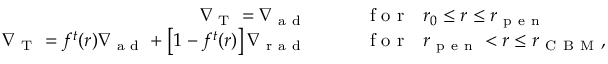
\begin{array} { r l } { \nabla _ { \mathrm { ~ T ~ } } = \nabla _ { \mathrm { ~ a ~ d ~ } } \qquad } & { { } \mathrm { ~ f ~ o ~ r ~ } \ \ r _ { 0 } \leq r \leq r _ { \mathrm { ~ p ~ e ~ n ~ } } } \\ { \nabla _ { \mathrm { ~ T ~ } } = f ^ { t } ( r ) \nabla _ { \mathrm { ~ a ~ d ~ } } + \left[ 1 - f ^ { t } ( r ) \right] \nabla _ { \mathrm { ~ r ~ a ~ d ~ } } \qquad } & { { } \mathrm { ~ f ~ o ~ r ~ } \ \ r _ { \mathrm { ~ p ~ e ~ n ~ } } < r \leq r _ { \mathrm { ~ C ~ B ~ M ~ } } , } \end{array}